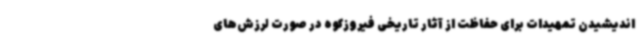
اندیشیدن تمهیدات برای حفاظت از آثار تاریخی فیروزکوه در صورت لرزش‌های